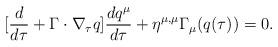
LaTeX: \begin{align*}[\frac{d}{d\tau} +\textbf{$\Gamma$} \cdot\nabla_{\tau}q]\frac{dq^{\mu}}{d\tau} +\eta^{\mu,\mu}\Gamma_{\mu}(q(\tau))=0. \end{align*}